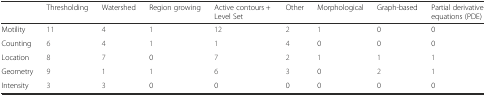
|  | Thresholding | Watershed | Region growing | Active contours + Level Set | Other | Morphological | Graph-based | Partial derivative equations (PDE) |
 | --- | --- | --- | --- | --- | --- | --- | --- | --- |
 | Motility | 11 | 4 | 1 | 12 | 2 | 1 | 0 | 0 |
 | Counting | 6 | 4 | 1 | 1 | 4 | 0 | 0 | 0 |
 | Location | 8 | 7 | 0 | 7 | 2 | 1 | 1 | 1 |
 | Geometry | 9 | 1 | 1 | 6 | 3 | 0 | 2 | 1 |
 | Intensity | 3 | 3 | 0 | 0 | 0 | 0 | 0 | 0 |